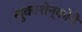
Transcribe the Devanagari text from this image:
लुकाशेन्कोने